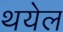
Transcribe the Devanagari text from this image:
थयेल